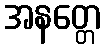
အနတ္တေ